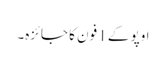
اوپو کے 1 فون کا جائزہ۔